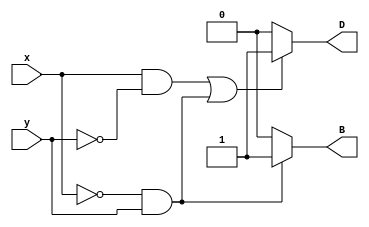
module Lab2_half_sub_behavior(output reg D,B,input x,y);
always@(x,y)begin
	if(x==0&&y==1)begin
		B=1;
	end
	else begin
		B=0;
	end
	if((x==1&&y==0)||(x==0&&y==1))begin
		D=1;
	end
	else begin
		D=0;
	end
     end
endmodule